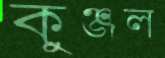
কুঞ্জল